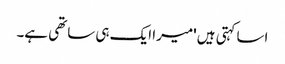
اسا کہتی ہیں 'میرا ایک ہی ساتھی ہے۔